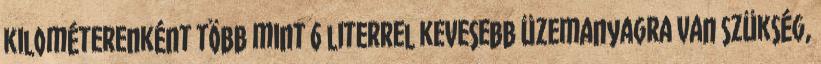
kilométerenként több mint 6 literrel kevesebb üzemanyagra van szükség,